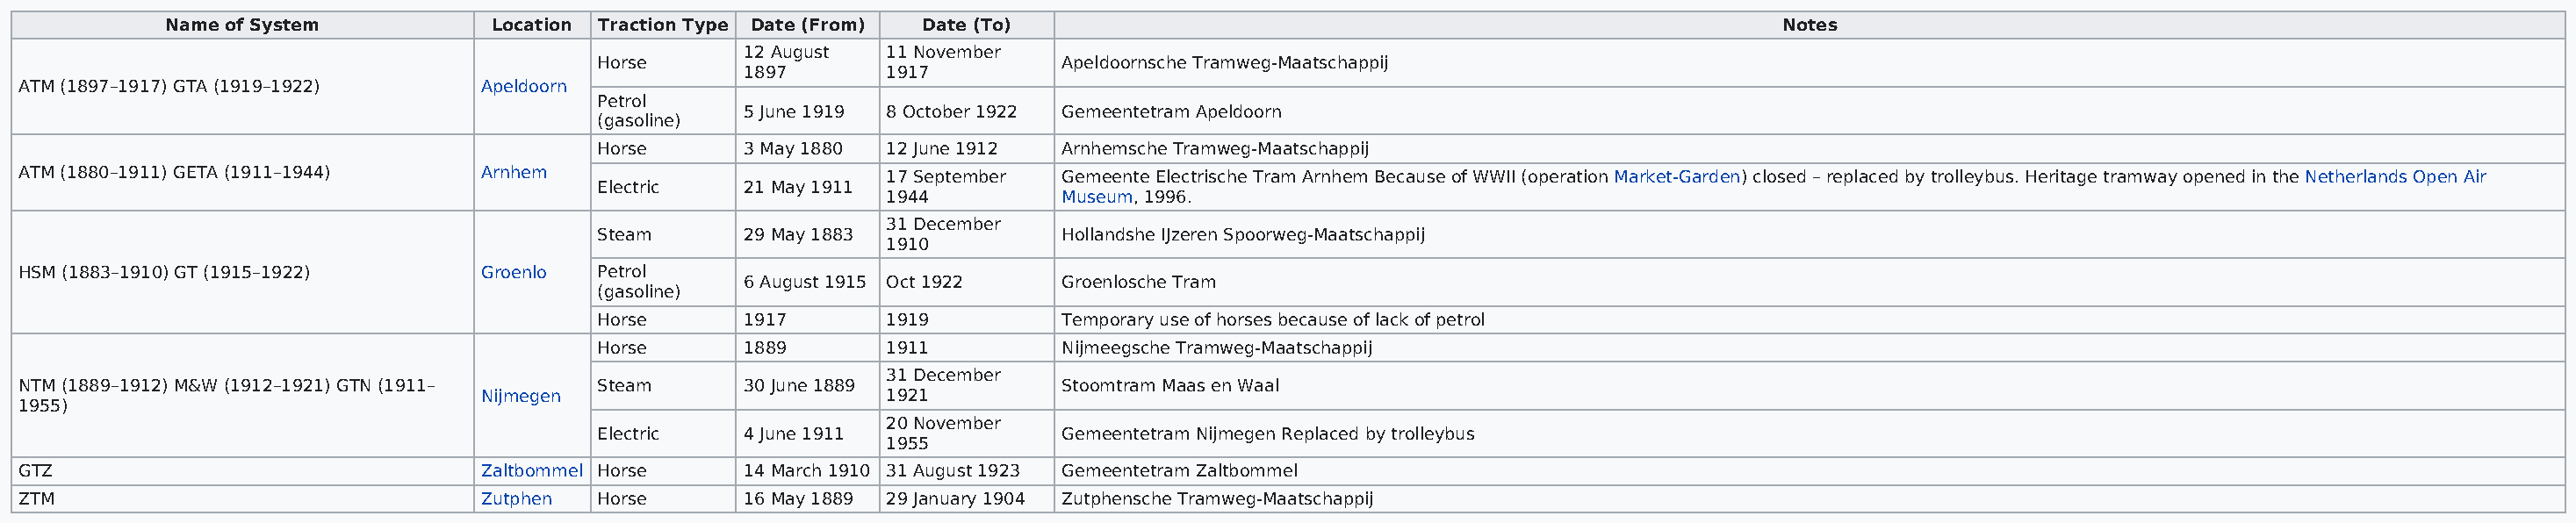
Name of System           Location Traction Type Date (From) Date (To)                                                     Notes
 12 August  11 November
 Horse                              Apeldoornsche Tramweg-Maatschappij
 1897       1917
 ATM (1897–1917) GTA (1919–1922)    Apeldoorn
 Petrol
 5 June 1919 8 October 1922 Gemeentetram Apeldoorn
 (gasoline)
 Horse      3 May 1880 12 June 1912 Arnhemsche Tramweg-Maatschappij
 ATM (1880–1911) GETA (1911–1944)   Arnhem                         17 September Gemeente Electrische Tram Arnhem Because of WWII (operation Market-Garden) closed – replaced by trolleybus. Heritage tramway opened in the Netherlands Open Air
 Electric   21 May 1911
 1944         Museum, 1996.
 31 December
 Steam      29 May 1883             Hollandshe IJzeren Spoorweg-Maatschappij
 1910
 HSM (1883–1910) GT (1915–1922)     Groenlo  Petrol
 6 August 1915 Oct 1922  Groenlosche Tram
 (gasoline)
 Horse      1917       1919         Temporary use of horses because of lack of petrol
 Horse      1889       1911         Nijmeegsche Tramweg-Maatschappij
 31 December
 NTM (1889–1912) M&W (1912–1921) GTN (1911–  Steam      30 June 1889            Stoomtram Maas en Waal
 Nijmegen                       1921
 1955)
 20 November
 Electric   4 June 1911             Gemeentetram Nijmegen Replaced by trolleybus
 1955
 GTZ                                Zaltbommel Horse    14 March 1910 31 August 1923 Gemeentetram Zaltbommel
 ZTM                                Zutphen  Horse      16 May 1889 29 January 1904 Zutphensche Tramweg-Maatschappij